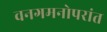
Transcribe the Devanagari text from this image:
वनगमनोपरांत